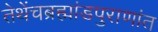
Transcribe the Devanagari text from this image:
तेथेंचब्रह्मांडपुराणांत